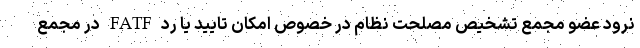
نرود عضو مجمع تشخیص مصلحت نظام در خصوص امکان تایید یا رد FATF در مجمع